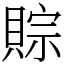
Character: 賩